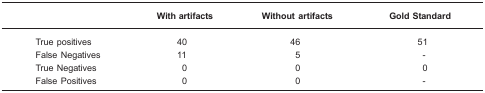
|  | With artifacts | Without artifacts | Gold Standard |
 | --- | --- | --- | --- |
 | True positives | 40 | 46 | 51 |
 | False Negatives | 11 | 5 | - |
 | True Negatives | 0 | 0 | 0 |
 | False Positives | 0 | 0 | - |